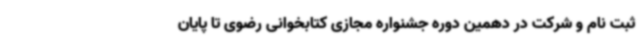
ثبت نام و شرکت در دهمین دوره جشنواره مجازی کتابخوانی رضوی تا پایان